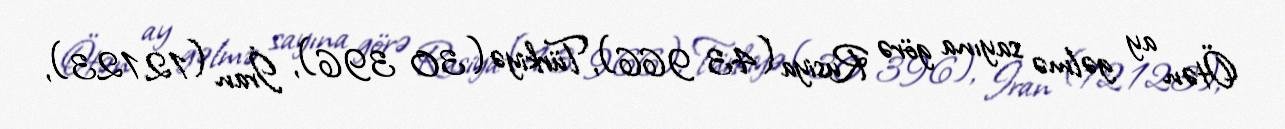
Ötən ay gəlmə sayına görə Rusiya (43 966), Türkiyə (30 396), İran (12 123),